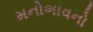
મનોભાવનો